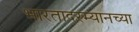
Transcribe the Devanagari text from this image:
भारतादरम्यानच्या